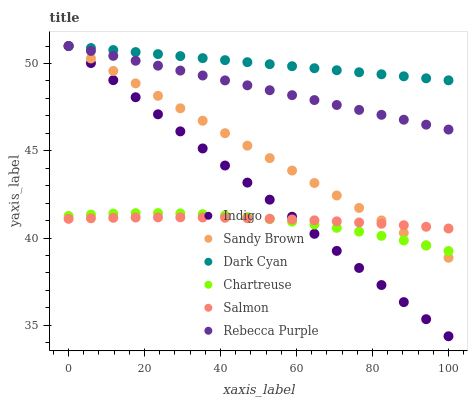
| xaxis_label | Indigo | Sandy Brown | Dark Cyan | Chartreuse | Salmon | Rebecca Purple |
 | --- | --- | --- | --- | --- | --- | --- |
 | 0 | 51 | 51 | 51 | 41.3 | 41.1 | 51 |
 | 5.88 | 50 | 50.3 | 50.9 | 41.3 | 41.1 | 50.7 |
 | 11.8 | 49 | 49.6 | 50.8 | 41.4 | 41.2 | 50.4 |
 | 17.6 | 48.1 | 48.9 | 50.7 | 41.4 | 41.2 | 50.2 |
 | 23.5 | 47.1 | 48.1 | 50.5 | 41.4 | 41.2 | 49.9 |
 | 29.4 | 46.1 | 47.4 | 50.4 | 41.4 | 41.2 | 49.6 |
 | 35.3 | 45.1 | 46.7 | 50.3 | 41.4 | 41.2 | 49.3 |
 | 41.2 | 44.2 | 46 | 50.2 | 41.3 | 41.2 | 49 |
 | 47.1 | 43.2 | 45.3 | 50.1 | 41.2 | 41.1 | 48.7 |
 | 52.9 | 42.2 | 44.6 | 50 | 41.1 | 41.1 | 48.5 |
 | 58.8 | 41.2 | 43.9 | 49.8 | 40.9 | 41.1 | 48.2 |
 | 64.7 | 40.2 | 43.2 | 49.7 | 40.8 | 41 | 47.9 |
 | 70.6 | 39.3 | 42.4 | 49.6 | 40.6 | 41 | 47.6 |
 | 76.5 | 38.3 | 41.7 | 49.5 | 40.4 | 40.9 | 47.3 |
 | 82.4 | 37.3 | 41 | 49.4 | 40.1 | 40.8 | 47.1 |
 | 88.2 | 36.3 | 40.3 | 49.3 | 39.9 | 40.7 | 46.8 |
 | 94.1 | 35.4 | 39.6 | 49.1 | 39.6 | 40.6 | 46.5 |
 | 100 | 34.4 | 38.9 | 49 | 39.3 | 40.5 | 46.2 |